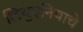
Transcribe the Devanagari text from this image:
लिथुएनियाचे